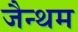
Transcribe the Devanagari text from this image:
जैन्थम